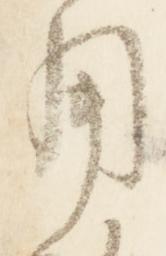
用